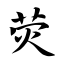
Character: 荧